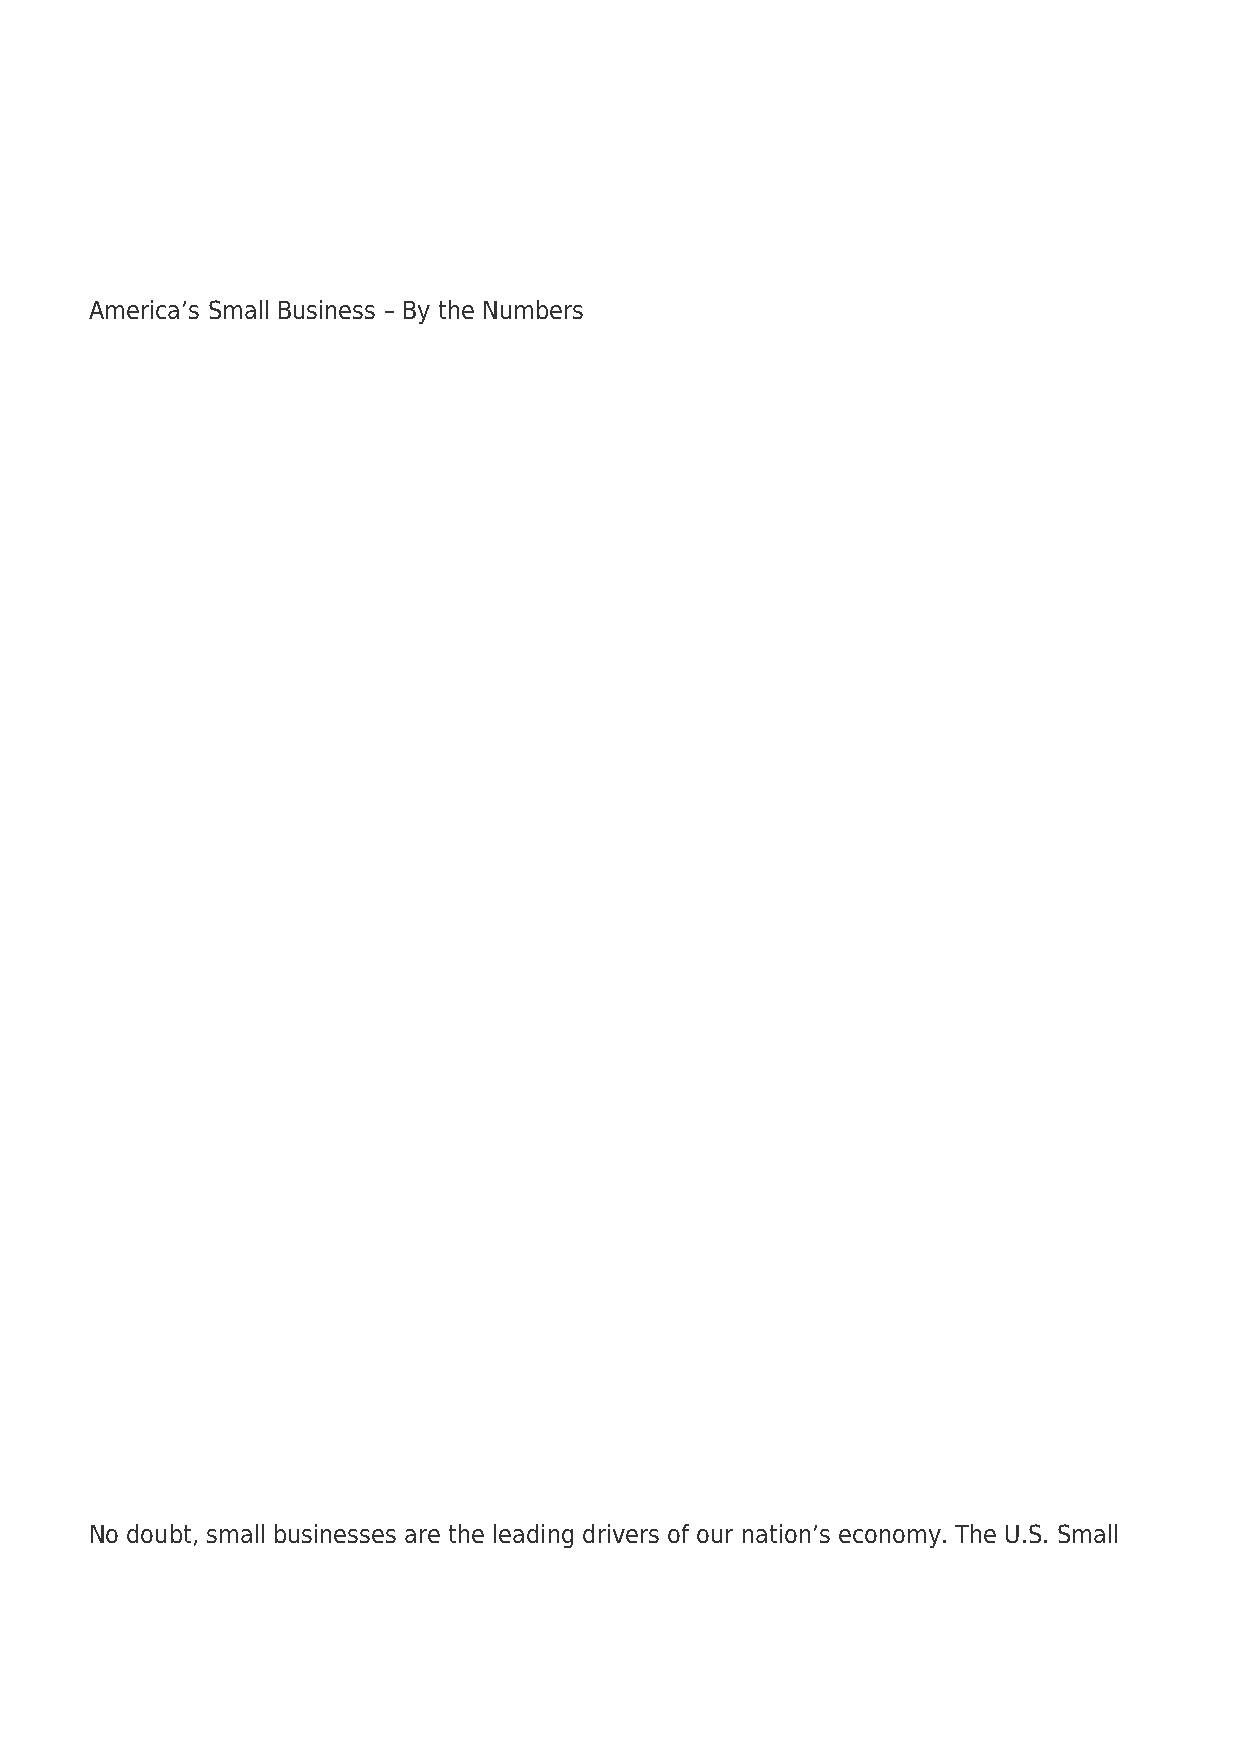
America’s Small Business – By the Numbers
 No doubt, small businesses are the leading drivers of our nation’s economy. The U.S. Small